Language: tamil
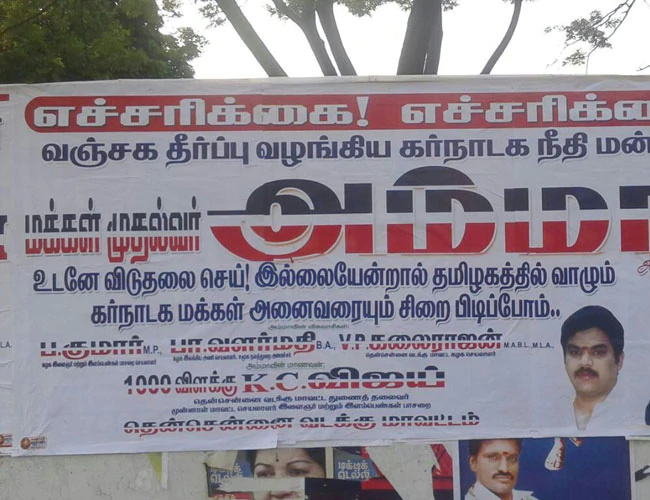
Transcription: முதல்லா் தீர்ப்பு வழங்கிய கா்நாடக மன் மக்கள் விடுதலை இல்லையேன்றால் வாழும் மக்கள் அனைவரையும் பிடிப்போம் அம் விளக்க தென்சென்னை வடக்கு மாவட்டம் விஜய் கனலராஜன் எச்சரிக் உடனே தமிழகத்தில் நீதி எச்சரிக்கை சிறை வஞ்சக செய் கா்நாடக பாவளர்மதி